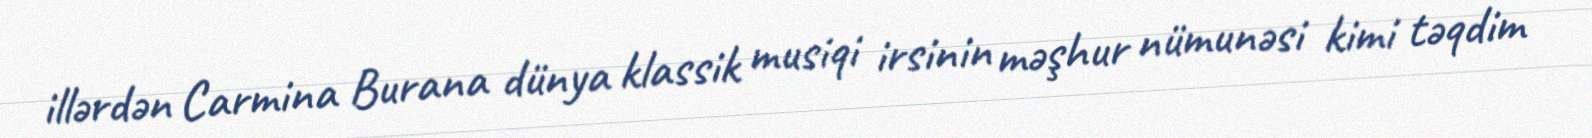
illərdən Carmina Burana dünya klassik musiqi irsinin məşhur nümunəsi kimi təqdim